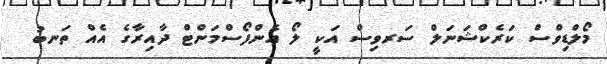
މޯލްޑިވްސް ކަރެކްޝަނަލް ސަރވިސް އަކީ ލޯ އެންފޯސްމަންޓް ދާއިރާގެ އެއް ތަނބު